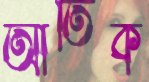
আর্তিক